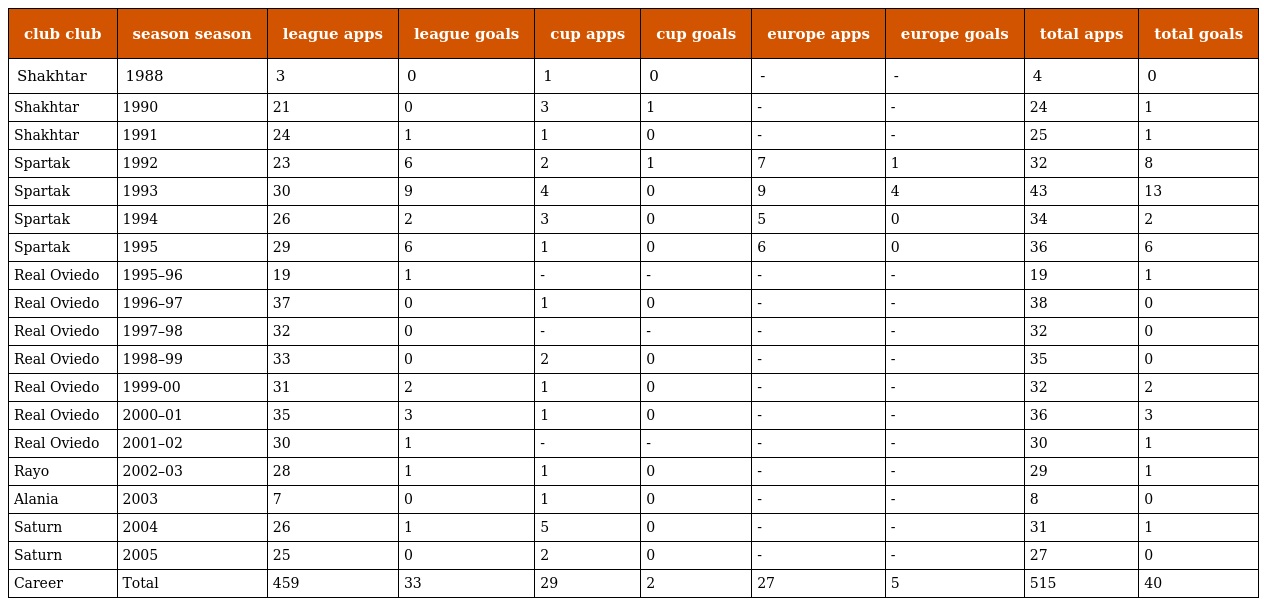
| club club | season season | league apps | league goals | cup apps | cup goals | europe apps | europe goals | total apps | total goals |
 | --- | --- | --- | --- | --- | --- | --- | --- | --- | --- |
 | Shakhtar | 1988 | 3 | 0 | 1 | 0 | - | - | 4 | 0 |
 | Shakhtar | 1990 | 21 | 0 | 3 | 1 | - | - | 24 | 1 |
 | Shakhtar | 1991 | 24 | 1 | 1 | 0 | - | - | 25 | 1 |
 | Spartak | 1992 | 23 | 6 | 2 | 1 | 7 | 1 | 32 | 8 |
 | Spartak | 1993 | 30 | 9 | 4 | 0 | 9 | 4 | 43 | 13 |
 | Spartak | 1994 | 26 | 2 | 3 | 0 | 5 | 0 | 34 | 2 |
 | Spartak | 1995 | 29 | 6 | 1 | 0 | 6 | 0 | 36 | 6 |
 | Real Oviedo | 1995–96 | 19 | 1 | - | - | - | - | 19 | 1 |
 | Real Oviedo | 1996–97 | 37 | 0 | 1 | 0 | - | - | 38 | 0 |
 | Real Oviedo | 1997–98 | 32 | 0 | - | - | - | - | 32 | 0 |
 | Real Oviedo | 1998–99 | 33 | 0 | 2 | 0 | - | - | 35 | 0 |
 | Real Oviedo | 1999-00 | 31 | 2 | 1 | 0 | - | - | 32 | 2 |
 | Real Oviedo | 2000–01 | 35 | 3 | 1 | 0 | - | - | 36 | 3 |
 | Real Oviedo | 2001–02 | 30 | 1 | - | - | - | - | 30 | 1 |
 | Rayo | 2002–03 | 28 | 1 | 1 | 0 | - | - | 29 | 1 |
 | Alania | 2003 | 7 | 0 | 1 | 0 | - | - | 8 | 0 |
 | Saturn | 2004 | 26 | 1 | 5 | 0 | - | - | 31 | 1 |
 | Saturn | 2005 | 25 | 0 | 2 | 0 | - | - | 27 | 0 |
 | Career | Total | 459 | 33 | 29 | 2 | 27 | 5 | 515 | 40 |